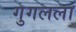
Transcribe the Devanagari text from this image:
गुगलला